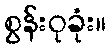
စွန်းဝုခုံး။